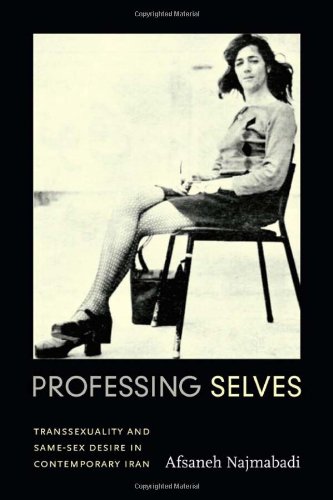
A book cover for Professing Selves: Transsexuality and Same-Sex Desire in Contemporary Iran (Experimental Futures); Afsaneh Najmabadi; Gay & Lesbian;